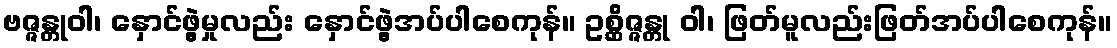
ဗဇ္ဇန္တုဝါ၊ နှောင်ဖွဲ့မှုလည်း နှောင်ဖွဲ့အပ်ပါစေကုန်။ ဥစ္ဆိဇ္ဇန္တု ဝါ၊ ဖြတ်မူလည်းဖြတ်အပ်ပါစေကုန်။